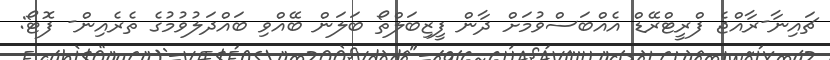
ޗައިނާ-ރާއްޖެ ފްރީޓްރޭޑް އެއްބަސްވުމަށް ދާން ފީޒިބަލްތޯ ބަލަން ބޭއްވި ބައްދަލުވުމުގެ ތެރެއިން- ފޮޓޯ: